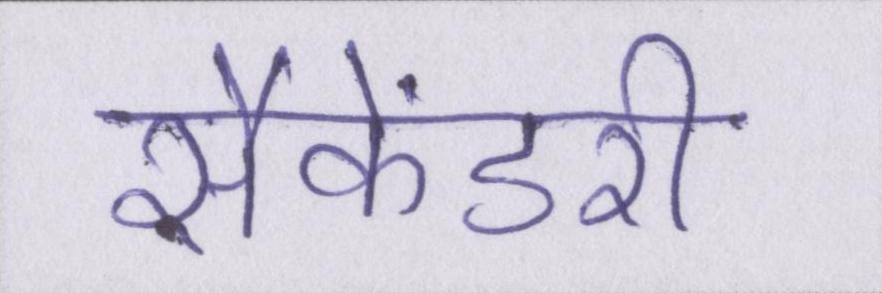
सैकेंडरी